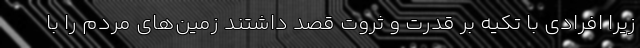
زیرا افرادی با تکیه بر قدرت و ثروت قصد داشتند زمین‌های مردم را با